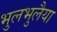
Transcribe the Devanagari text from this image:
भुलभुलैया